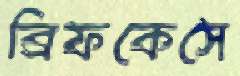
ব্রিফকেসে